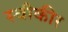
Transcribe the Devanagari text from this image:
स्वीकीर